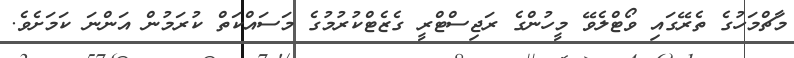
މާޗްމަހުގެ ތެރޭގައި ވޯޓްލެވޭ މީހުންގެ ރަޖިސްޓްރީ ގެޒެޓްކުރުމުގެ މަސައްކަތް ކުރަމުން އަންނަ ކަމަށެވެ.